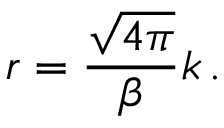
r = \frac { \sqrt { 4 \pi } } { \beta } k \, .